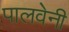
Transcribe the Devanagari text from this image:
पालवेनी